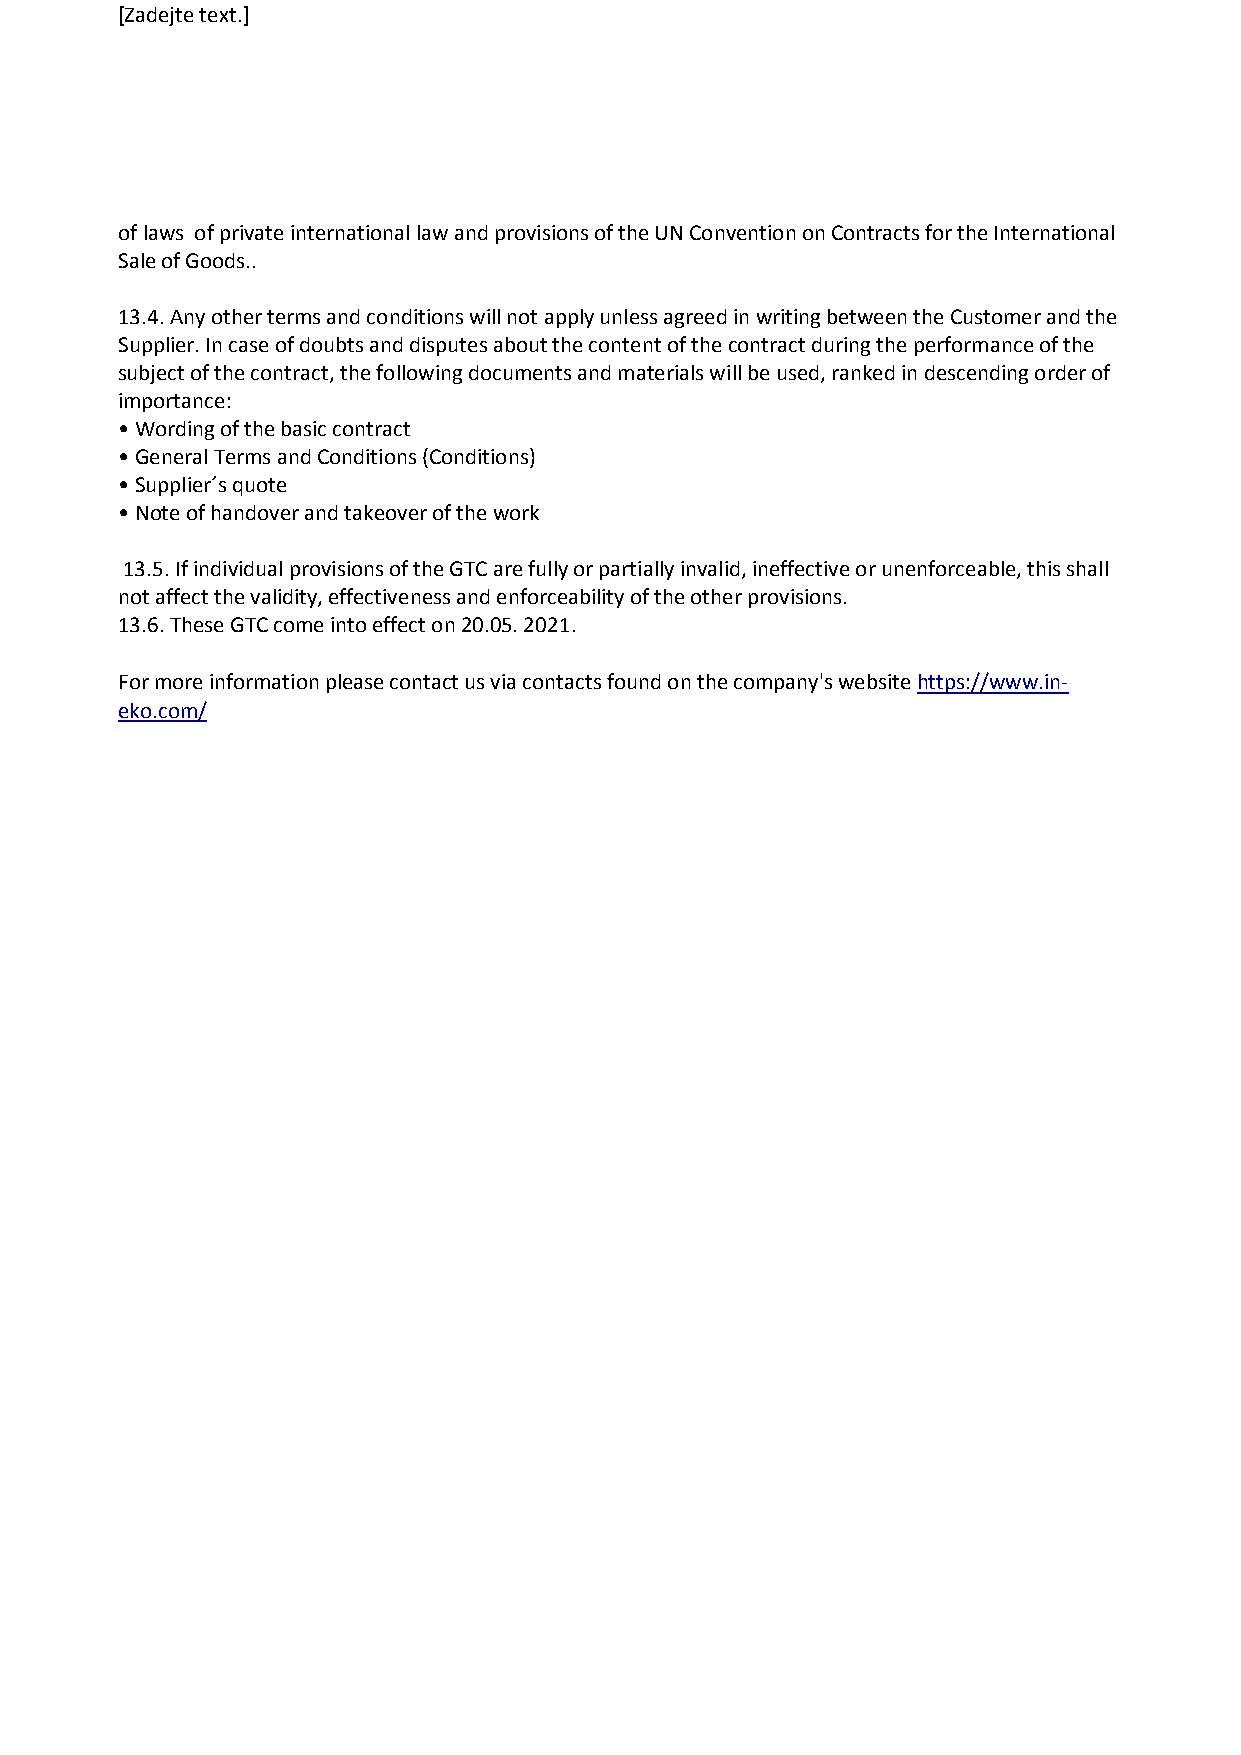
[Zadejte text.]
 of laws of private international law and provisions of the UN Convention on Contracts for the International
 Sale of Goods..
 13.4. Any other terms and conditions will not apply unless agreed in writing between the Customer and the
 Supplier. In case of doubts and disputes about the content of the contract during the performance of the
 subject of the contract, the following documents and materials will be used, ranked in descending order of
 importance:
 • Wording of the basic contract
 • General Terms and Conditions (Conditions)
 • Supplier´s quote
 • Note of handover and takeover of the work
 13.5. If individual provisions of the GTC are fully or partially invalid, ineffective or unenforceable, this shall
 not affect the validity, effectiveness and enforceability of the other provisions.
 13.6. These GTC come into effect on 20.05. 2021.
 For more information please contact us via contacts found on the company's website https://www.in-
 eko.com/